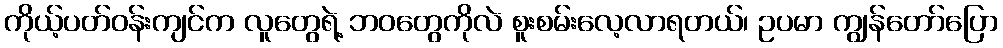
ကိုယ့်ပတ်ဝန်းကျင်က လူတွေရဲ့ ဘဝတွေကိုလဲ စူးစမ်းလေ့လာရတယ်၊ ဥပမာ ကျွန်တော်ပြော